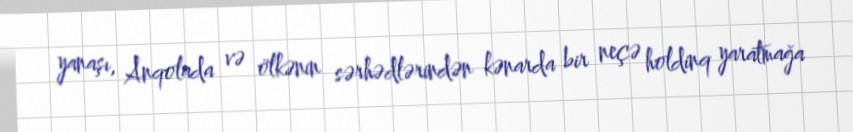
yanaşı, Anqolada və ölkənin sərhədlərindən kənarda bir neçə holdinq yaratmağa